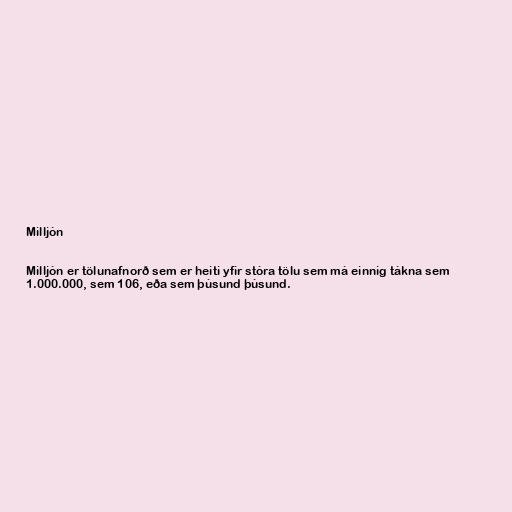
Milljón

Milljón er tölunafnorð sem er heiti yfir stóra tölu sem má einnig tákna sem
1.000.000, sem 106, eða sem þúsund þúsund.